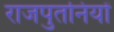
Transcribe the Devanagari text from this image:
राजपुतनियों